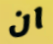
ان